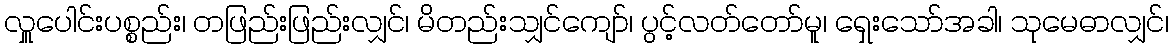
လှူပေါင်းပစ္စည်း၊ တဖြည်းဖြည်းလျှင်၊ မိတည်းသျှင်ကျော်၊ ပွင့်လတ်တော်မူ၊ ရှေးသော်အခါ၊ သုမေဓာလျှင်၊